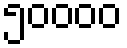
၅၀၀၀၀